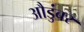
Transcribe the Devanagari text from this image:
औडुंबर